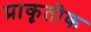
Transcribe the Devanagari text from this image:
प्राकृतीक